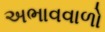
અભાવવાળો